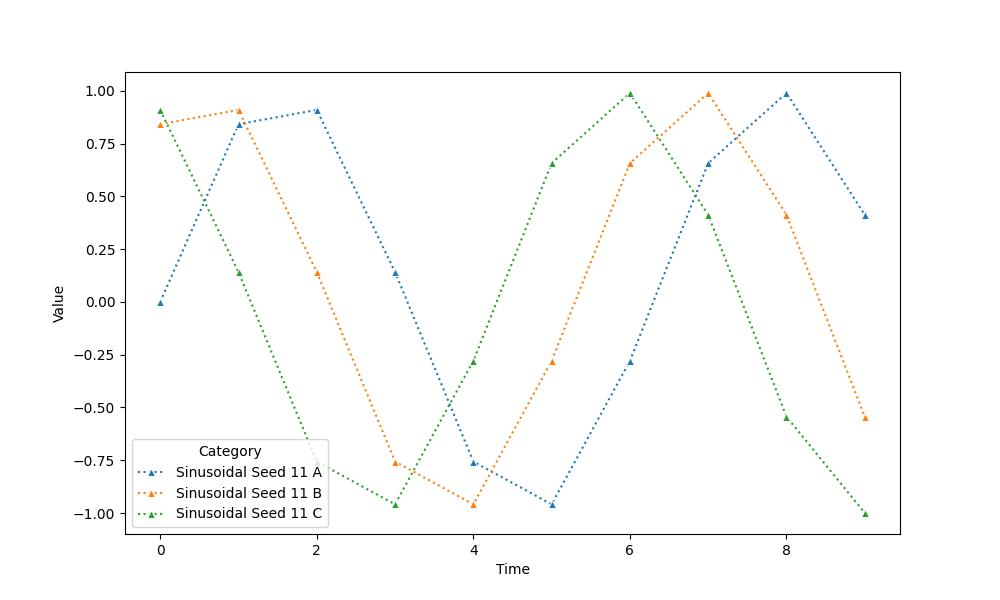
python, seaborn, lineplot, style='dotted', marker='^'